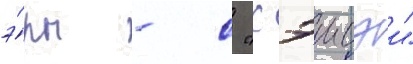
э́ры - с "хэисэи"